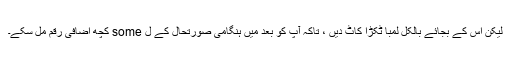
لیکن اس کے بجائے بالکل لمبا ٹکڑا کاٹ دیں ، تاکہ آپ کو بعد میں ہنگامی صورتحال کے ل some کچھ اضافی رقم مل سکے۔